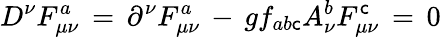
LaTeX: D^{\nu}F_{\mu\nu}^{a}\, =\, \partial^{\nu}F_{\mu\nu}^{a}\, -\, gf_{ab\mathsf{c}}A_{\nu}^{b}F_{\mu\nu}^{\mathsf{c}}\, =\, 0